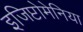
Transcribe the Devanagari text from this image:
इजिप्टोमेनिया